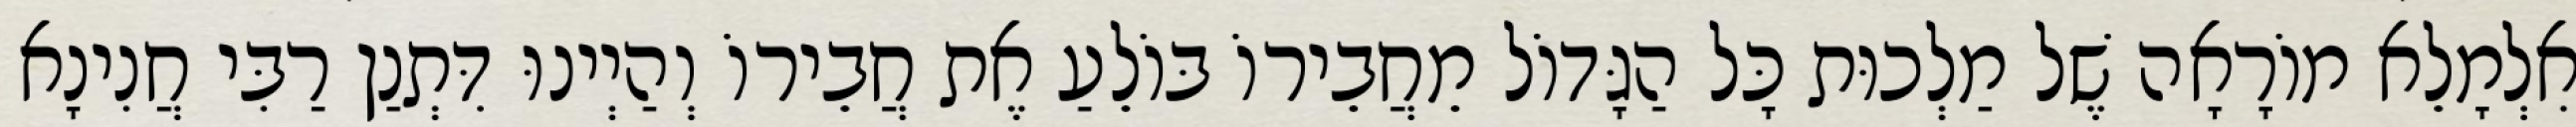
אִלְמָלֵא מוֹרָאָה שֶׁל מַלְכוּת כָּל הַגָּדוֹל מֵחֲבֵירוֹ בּוֹלֵעַ אֶת חֲבֵירוֹ וְהַיְינוּ דִּתְנַן רַבִּי חֲנִינָא